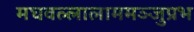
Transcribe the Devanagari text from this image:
मघवल्लालाममञ्जुप्रभ